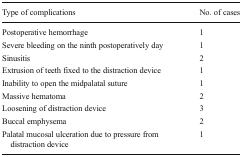
<table><thead><tr><td><b>Type of complications</b></td><td><b>No. of cases</b></td></tr></thead><tbody><tr><td>Postoperative hemorrhage</td><td>1</td></tr><tr><td>Severe bleeding on the ninth postoperatively day</td><td>1</td></tr><tr><td>Sinusitis</td><td>2</td></tr><tr><td>Extrusion of teeth fixed to the distraction device</td><td>1</td></tr><tr><td>Inability to open the midpalatal suture</td><td>1</td></tr><tr><td>Massive hematoma</td><td>2</td></tr><tr><td>Loosening of distraction device</td><td>3</td></tr><tr><td>Buccal emphysema</td><td>2</td></tr><tr><td>Palatal mucosal ulceration due to pressure from distraction device</td><td>1</td></tr></tbody></table>